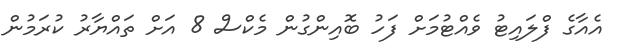
އެއާގެ ފްލައިޓު ވެއްޓުމަށް ފަހު ބޮއިންގުން މެކްސް 8 އަށް ތައްޔާރު ކުރަމުން